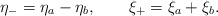
\begin{align*}\eta_{-} = \eta_{a} - \eta_{b}, \qquad\xi_{+} = \xi_{a} + \xi_{b}.\end{align*}